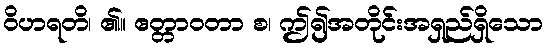
ဝိဟရတိ၊ ၏။ ဧတ္တာဝတာ စ၊ ဤ၍အတိုင်းအရှည်ရှိသော